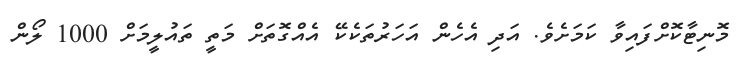
މޮނިޓާކޮށްފައިވާ ކަމަށެވެ. އަދި އެހެން އަހަރުތަކެކޭ އެއްގޮތަށް މަތީ ތައުލީމަށް 1000 ލޯން